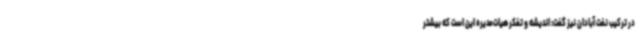
در ترکیب نفت آبادان نیز گفت: اندیشه و تفکر هیات‌مدیره این است که بیشتر